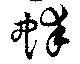
蚌